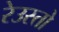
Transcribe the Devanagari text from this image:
रेउस्तो